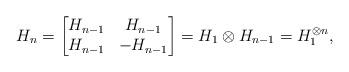
LaTeX: \begin{align*} H_n=\begin{bmatrix} H_{n-1} & H_{n-1}\\ H_{n-1} &-H_{n-1}\\ \end{bmatrix}=H_1\otimes H_{n-1}=H_1^{\otimes n}, \end{align*}